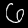
Digit: 6